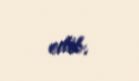
edib.